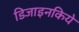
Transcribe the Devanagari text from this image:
डिजाइनकिये